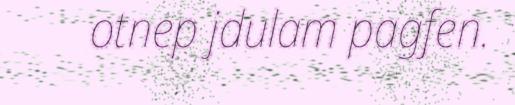
otnep jdulam pagfen.